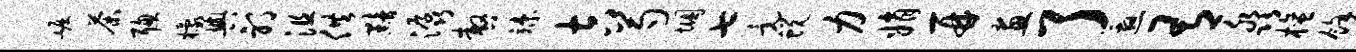
崛荼聪檬舆邪沮供黯潺嗷竦吉芍悃七竟蜕力娟再画了邀有淼檀余